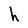
Character: h